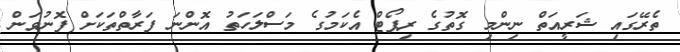
ތެރޭގައި ޝަރީއަތް ނިންމި ގޮތުގެ ރިޕޯޓް އެކަމުގެ މަސްލަހަތު އޮންނަ ފަރާތްތަކަށް ފޮނުވަން